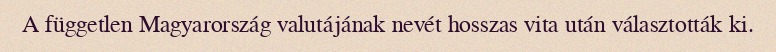
A független Magyarország valutájának nevét hosszas vita után választották ki.